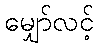
မျှော်လင့်